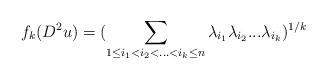
LaTeX: \begin{align*}f_k(D^2u)=(\sum_{1\leq i_1<i_2<...<i_k \leq n}{\lambda_{i_1}\lambda_{i_2}...\lambda_{i_k}})^{1/k}\end{align*}